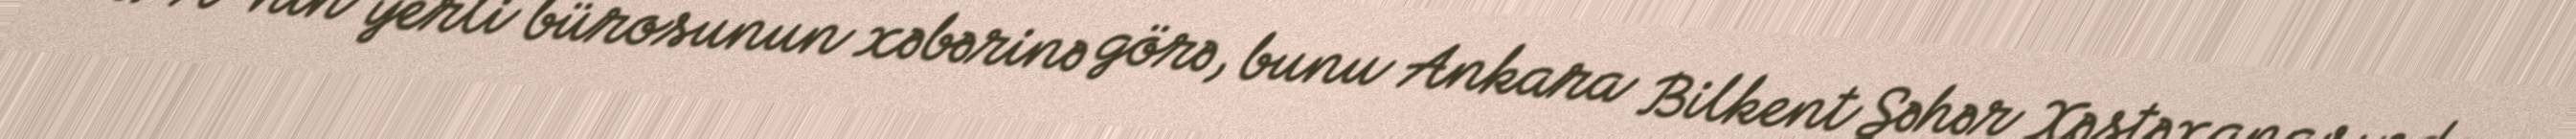
APA-nın yerli bürosunun xəbərinə görə, bunu Ankara Bilkent Şəhər Xəstəxanasında